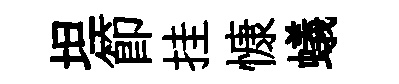
坦節挂慷蟻